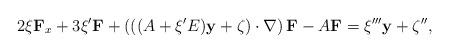
LaTeX: \begin{align*}2\xi\mathbf{F}_{x}+3\xi^{\prime}\mathbf{F}+\left(((A+\xi^{\prime}E)\mathbf{y}+\zeta)\cdot\nabla\right)\mathbf{F}-A\mathbf{F}=\xi^{\prime\prime\prime}\mathbf{y}+\zeta^{\prime\prime},\end{align*}